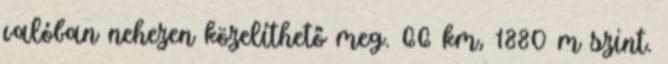
valóban nehezen közelíthető meg. 66 km, 1880 m szint.